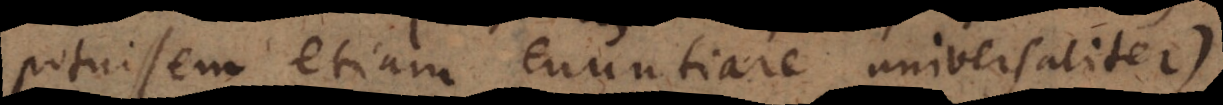
potuissem etiam enuntiare universaliter);